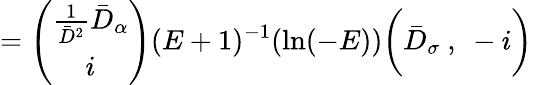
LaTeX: =\left(\begin{array}{c}{{\frac{1}{\bar{D}^{2}}\bar{D}_{\alpha}}}\\ {{i}}\end{array}\right)(E+1)^{-1}(\mathrm{ln}(-E))\biggl(\bar{D}_{\sigma}\ ,\ -i\biggr)